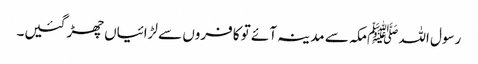
رسول اللہ ﷺمکہ سے مدینہ آئے تو کافروں سے لڑائیاں چھڑ گئیں۔